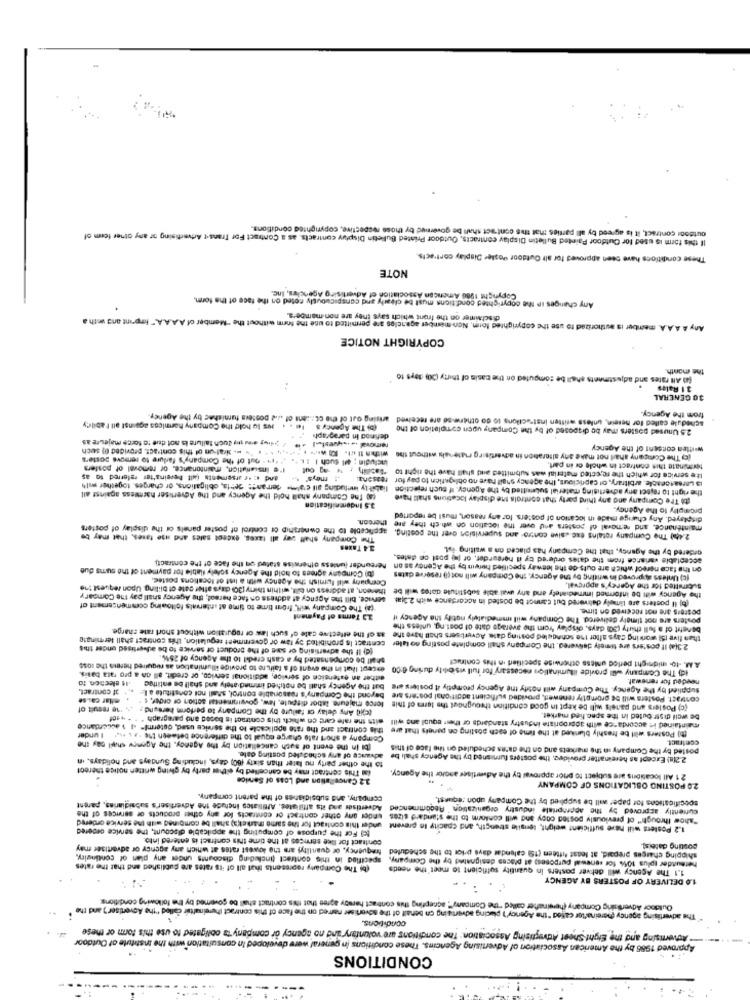
outdoor contract, it is agreed by all parties that this contract shall be governed by those respective, copyrighted conditions.
If this form is used for Outdoor Painted Bulletin Display contracts, Outdoor Printed Bulletin Display contracts, as a Contract For Transit Artvertising or any other form of
These conditions have been approved for alt Outdoor Postee Display contacts.
NOTE
Copyright 1900 American Association of Advertising Agencies, Inc.
Any changes In the copyrighted cond tions must be clearly and conspicuously coted on the face of the form.
disclaimer on the front which says they are non-members.
Any A A.A.A. member is authorized to use the copyrighted form, Non member agencies are permitted to use the form without the "Member of A.A.A.A." limpoint and unth a
COPYRIGHT NOTICE
the month.
(n) All rates and adjustments shall be computed on the basis of thirty (30) days to
3.1 Rales
..
30 GENERAL
schedule called for Berein, unless written instructions to do otherwise are received arising out of the Content of .l.d posters furnishac by the Agency
from the Agency
le . . ouis lo hold the Company harmicos against all Fabiley
(b) The Agency's
2.5 Unused posters may be disposed of by the Company upon completion of the
removal .... questalijding any Such failure is not due to force majeure as
defined In paragraph
witha 1l .l. we . .. .. . ' - siat-un of this contract, provided () sech
witten consent of the Agency
Includin ; all such I IK .. . +14 - out of the Company's farlure to remove soste's
(c) The Company shall not make any altoraton in advertising muntenals without the
l'e Installation, maintenance, or removal of posters
-i - -- out
Ite service for which the rejected material was submitted aud shall have the right to
terminate this contract in whole or in part.
and .: +r arsements (alt hereinafter referred to as
: meys"
reasona:
13 Larsasceacle, arbitrary, of capricious, the agency shall have no obligation to pay for
the right to reject any advertising material sulesitled by the Agency. If such rejection liabilty including all calme derrans: Jetta, obligations, or charges, together multi
(a) The Company shall hold the Agency and the Advertiser harmless against all
(to The Company and any third party that controls the display locations shatt have
3.5 Indemnification
promptly to the Agency.
maintenance, and removal of posters and over ine location on which they are thereon.
displayed. Any change made in location of posters. for any reason, must be reported
applicable to the ownership of control of poster panels of the display of posters
2.40) The Company rotains exc .sive contro and supervision over the posting.
The Company shalf way all taxes, exceet sales and use taxes, that may be
34 Taxes
ordered by the Agency, that the Company has placed on a waiting ist,
on the face nereof which are outs de the lesway specified herein by the Agency as an hereunder junless otherwise statud on the face of the contract).
acceptable variance from the dates ordered by il hergurder, or ju post on dates.
(b) Company agrees to hold the Agency solely fiable for payment of the suns due
Company will fumish the Agency with a list of locations postec.
(c) Unless approved in writing by the Agency, the Company will not( reserve dates
theneon, at address on bill, within thiny (30) days after gate of bliling Upon request 110
the Agency will be informed immediately and any uvai able substitule dotes will be
Submitted for the Agency's approval.
service, bill the Agency at address on face hereof; the Agency shall pay the Compary
(b) Il posters are timely delivered but cannot be posted in accordance with 2.3;al.
(a) The Company will," from time to time at intervals following commencement of
posters are not received on time.
2.3 Terms of Payment
posters are not timely delivered. The Company will immediately notify the Agency if
than five ISt working cays after the scheduled posting date Advertisers shall have the as of the effective cate of such law or roguration without short rate charge
benefit of a full thirty (30) days, display from the average date of posting, unless the
contract Is prohibited by law or government regulation, this contract shall terminato
2.3(a) If posters are timely delivered. the Company shall complete posting ao taler
(c) If the advertising or some of the product or service to be advertised under this
shall be compensated by a cash credit to the Agency of 25%.
A.M. - to- midnight perlod unless otherwise Specified in this contract
except that in the event of s failure to provide illumination as required herein the 10se
ich The Company will provide illuminations necessary for full visoty during 6:Co
either an extension of service, additional service, or credit, all on a pro rata basis.
needed for renewal.
.44 election. to
.. . of contract.
but the Agency shall be notified immediately and shall be entittec
beyond the Company's reasonable control, shall not constitute a I-
supplied by the Agency. The Company will notify the Agency promptly it postees ate
eltar ca :. se
force majeure, labor dispute, law, govwinmensal action of order, : ".
contract. Posters will be promptly renewedt, provided sufficient additional posters are
(o)li) Any delay of failure by the Company to perform hereund. . 10 result of
(c) Posters and panels will be kept in good condition throughout the term of this
maintained in accordance with appropriate industry standards of thest equal and will with the rale card co which this contract is booed and paragraph " " + +sof
be well distr buted in the spec.fied market.
this contract and the rate applicable to the service used, Osterml" .J 1 accordance
[t] Posters will be freshly blanked at the time of each posting on paneis that are
Company a short rate charge equal to the difference between the ., s .w. I under
contract.
(bl In the event of such cancellation by the Agency, the Agency charl pay the
posted by the Company in the markets and on the da'as scheduled on the face of this
to the other party no later than sixty (80) days, including Sundays and holidays, in
advance of any scheduled posting cale.
2.2[a) Except as hereinafter provides, the posters furnished by the Agency shali be
is This contract may be cancelled by either party by giving written notice thereof
21 All locations are subject to phor approval by the Advertiser and/or the Agency.
3.2 Cancellation and Loss of Service
2.0 POSTING OBLIGATIONS OF COMPANY
company, and subsidianes of the parent company.
specifications for paper will be supplied by the Company upon request,
Advertises and its affiliates. Affiliates Include the Advertiser's subsidiarias, parent
currently approved by the appropriale industry organization " Recommended
under this contract for the same marek(a) shall be combined with Ine service ordered
"show through" of previously posted copy and will conkor to the standard sizes under any other contract of contracts for any other products or services of the
tel For the purpose of computing the applicable discount, the service ordered
1.2 Posters will have sufficient weight, tensile strength, and cpacity In prevent
contract for like services at the time this contract is entered into.
frequency, of quarility) are the lowest rates at which any agency or advertiser may
shipping charges prepaid, at least fifteen (19 calendar days prior to the scheduled
costing dateis).
specified in this contract (including discounts under any plan of contingiry
hereunder tplus 101% for renewal purposes) at places designated by the Company,
(b) The Company represents that all of its rates are published and that the rates
1.1 The Agency will deliver posters in quantity sufficient to meet the needs
1.0 DELIVERY OF POSTERS BY AGENCY
Outdoor Advertising Company (hereinafter called "the Company"" accepting this contract harsoy agree that this contract shal be covered by the following conditions:
The advertising agency (hereinafter caffed "the Agency') placing advertising on behalf of the advertiser marred on the face of this contract Ihereinafter called ""the Advertiser") and the
Advertising and the Eight Sheet Advertising Association: The conditions are voluntary and no agency or company"ts obligated to use this form or these
oped In consultation with the Institute of Outdoor
Approved 1985 by the American Association of Advertising Agencins. These conditions in generalw
CONDITIONS